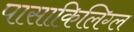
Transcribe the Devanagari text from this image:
पासाकिलिग्ल